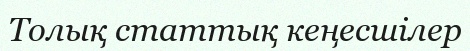
Толық статтық кеңесшілер